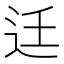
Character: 𨑳